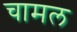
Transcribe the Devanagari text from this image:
चामल